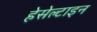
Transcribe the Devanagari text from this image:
हेसेल्टाइन